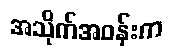
အသိုက်အဝန်းက